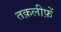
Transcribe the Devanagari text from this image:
तक़लीफ़ें